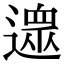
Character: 𨖼